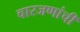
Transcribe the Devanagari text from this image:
चारजणांची